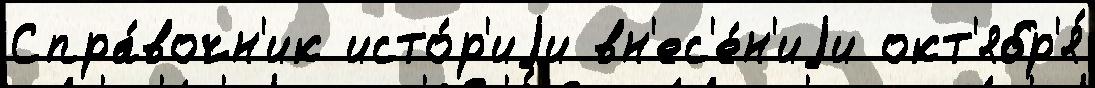
Спра́вочн'ик исто́р'иjи вн'ес'е́н'иjи окт'ябр'я́